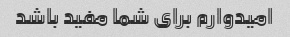
امیدوارم برای شما مفید باشد